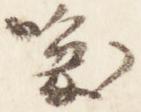
喚